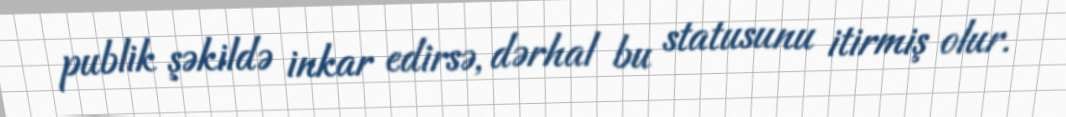
publik şəkildə inkar edirsə, dərhal bu statusunu itirmiş olur.